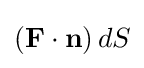
(\mathbf {F} \cdot \mathbf {n} )\,dS